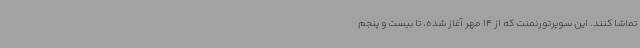
تماشا کنند. این سوپرتورنمنت که از 14 مهر آغاز شده، تا بیست و پنجم